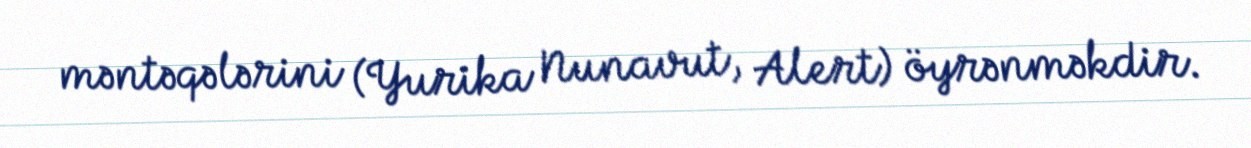
məntəqələrini (Yurika Nunavut, Alert) öyrənməkdir.